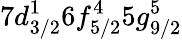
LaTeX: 7d_{3/2}^{1}6f_{5/2}^{4}5g_{9/2}^{5}